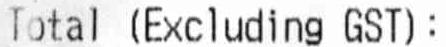
TOTAL (EXCLUDING GST):